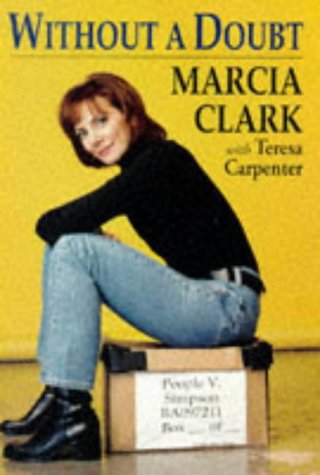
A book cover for Without a Doubt; Marcia Clark; Biographies & Memoirs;